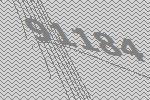
91184